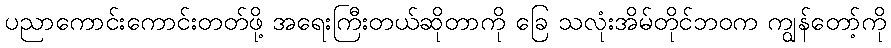
ပညာကောင်းကောင်းတတ်ဖို့ အရေးကြီးတယ်ဆိုတာကို ခြေ သလုံးအိမ်တိုင်ဘဝက ကျွန်တော့်ကို